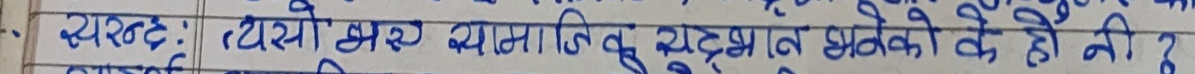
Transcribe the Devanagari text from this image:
व्यस्तः कयो भरे सामाजिक दृष्टान्त धनको के हो नी?